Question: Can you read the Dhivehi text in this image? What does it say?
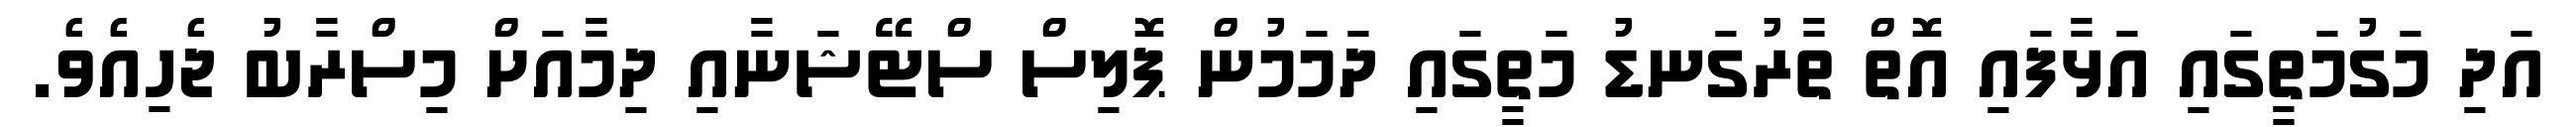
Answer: އަދި މަގުމަތީގައި އަޅާފައި އޮތް ތާރުގަނޑު މަތީގައި ދަމަމުން ޕޮލިސް ސްޓޭޝަނާއި ދިމާއަށް މިސްރާބު ޖެހިއެވެ.